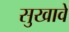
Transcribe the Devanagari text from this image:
सुखावे